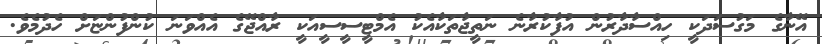
އޭނާގެ މަގުސަދަކީ ހިއްސާދާރުން އުފާކުރާނެ ނަތީޖާތަކާއެކު އެމްޓީސީސީއަކީ ރާއްޖޭގެ އެއްވަނަ ކުންފުންޏަށް ހެދުމެވެ.